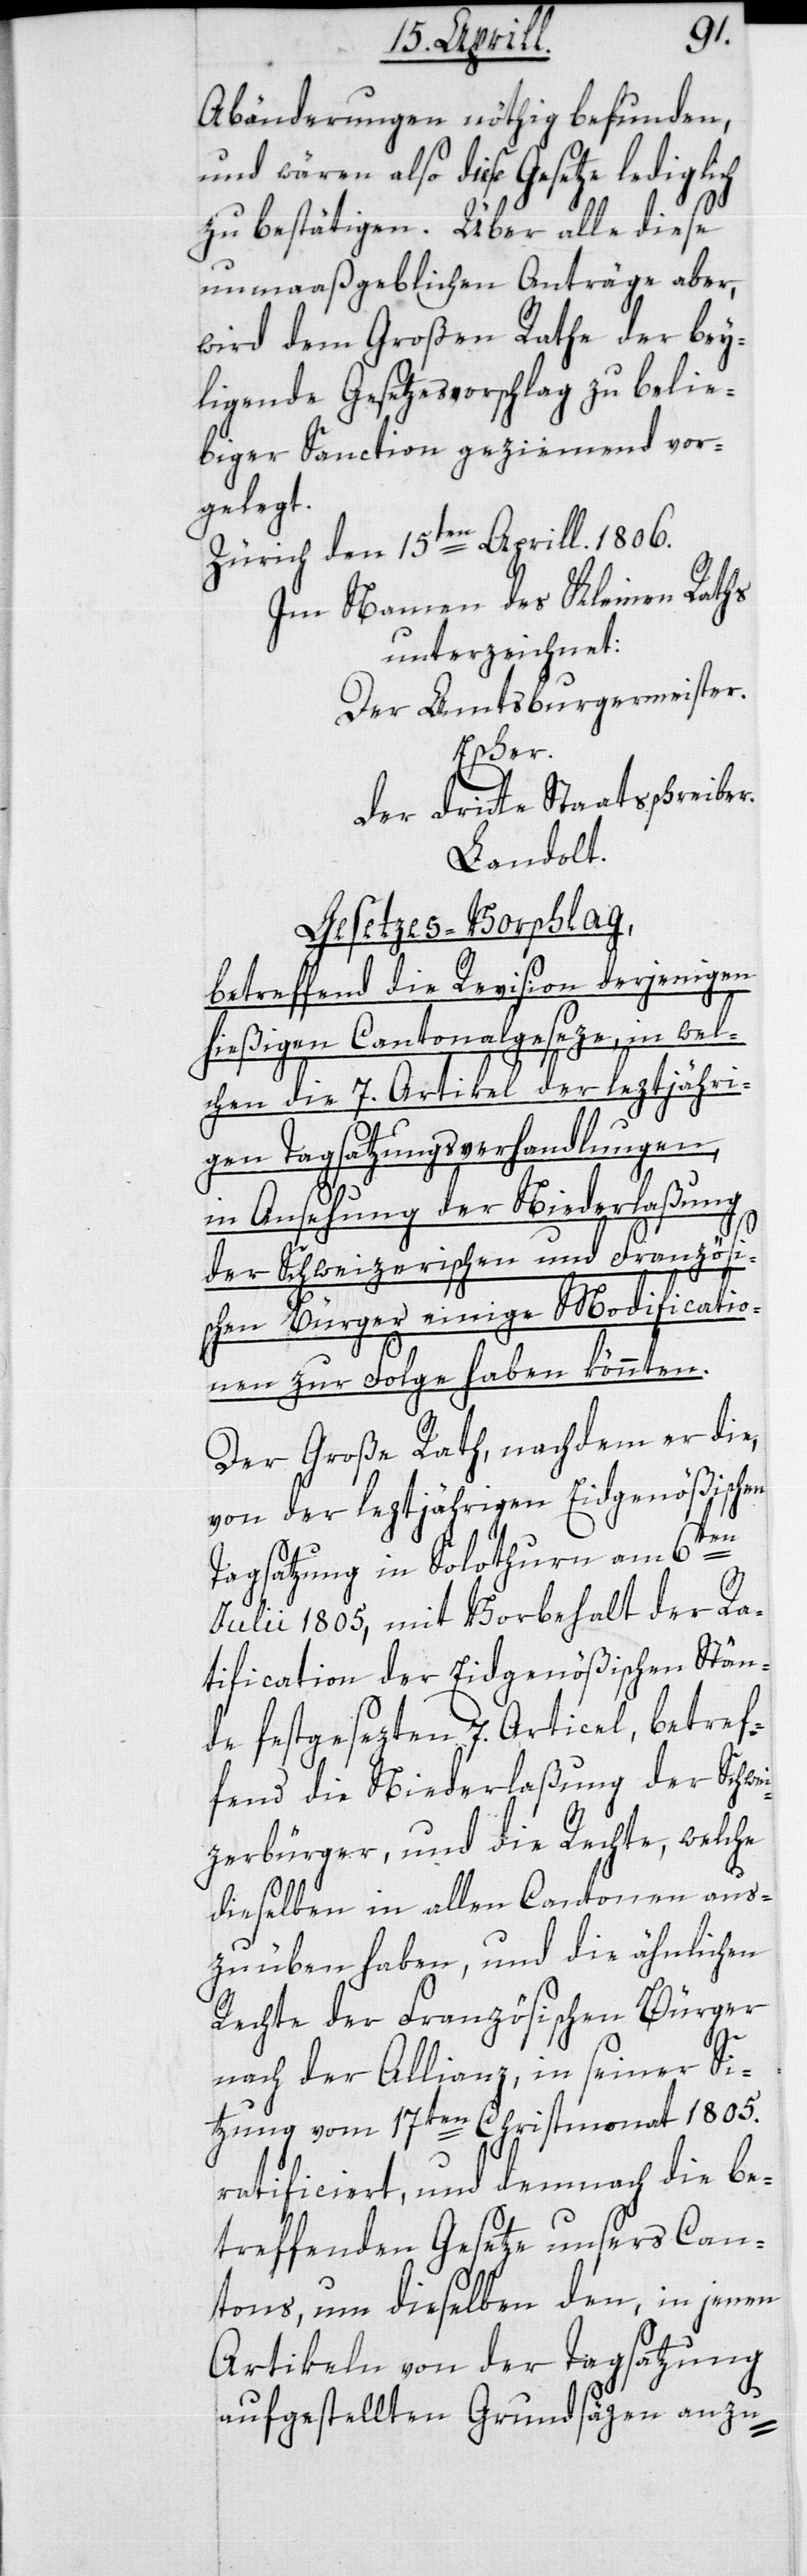
Abänderungen nöthig befunden,
und wären also diese Gesetze lediglich
zu bestätigen. Über alle diese
unmaaßgeblichen Anträge aber,
wird dem Großen Rathe der bey¬
liegende Gesetzesvorschlag zu belie¬
biger Sanction geziemend vor¬
gelegt.
Zürich, den 15ten Aprill. 1806.
Im Namen des Kleinen Raths
unterzeichnet:
Der Amtsburgermeister.
Escher.
der dritte Staatsschreiber.
Landolt.
Gesetzes-Vorschlag,
betreffend die Revision derjenigen
hießigen Cantonalgeseze, in wel¬
chen die 7. Artikel der leztjähri¬
gen Tagsatzungsverhandlungen,
in Ansehung der Niederlaßung
der Schweizerischen und Französi¬
schen Bürger einige Modificatio¬
nen zur Folge haben könnten.
Der Große Rath, nachdem er die,
von der leztjährigen Eidgenößischen
Tagsatzung in Solothurn am 6te¬
n
Julii 1805, mit Vorbehalt der Ra¬
tification der Eidgenößischen Stän¬
de festgesezten 7. Articel, betref¬
fend die Niederlaßung der Schwe¬
izerbürger, und die Rechte, welche
dieselben in allen Cantonen aus¬
zuüben haben, und die ähnlichen
Rechte der Französischen Bürger
nach der Allianz, in seiner Si¬
tzung vom 17ten Christmonat 1805.
ratificiert, und demnach die be¬
treffenden Gesetze unsers Can¬
tons, um dieselben den, in jenen
Artikeln von der Tagatzung
aufgestellten Grundsäzen anzu-